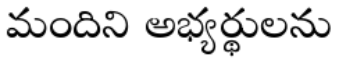
మందిని అభ్యర్థులను